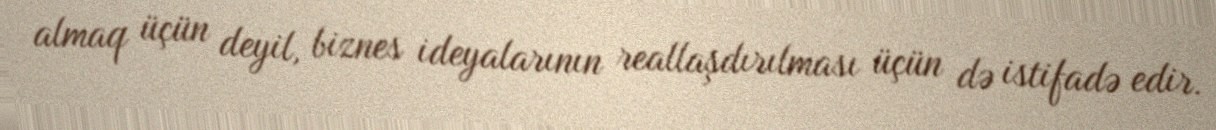
almaq üçün deyil, biznes ideyalarının reallaşdırılması üçün də istifadə edir.